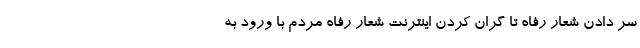
سر دادن شعار رفاه تا گران کردن اینترنت شعار رفاه مردم با ورود به